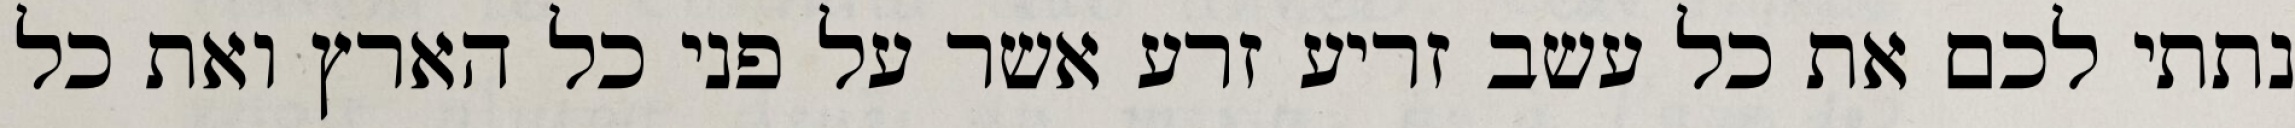
נתתי לכם את כל עשב זריע זרע אשר על פני כל הארץ ואת כל